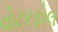
વોટરફોલ